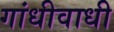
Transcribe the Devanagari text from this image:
गांधीवाधी